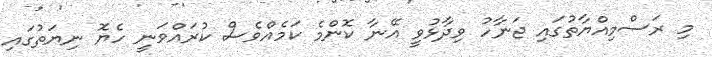
މި ރަސްމިއްޔާތުގައި ޖަނާހު ވިދާޅުވީ އޭނާ ކޮންމެ ކަމެއްވެސް ކުރައްވަނީ ހެޔޮ ނިޔަތުގައި